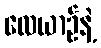
လေယာဉ်နဲ့